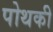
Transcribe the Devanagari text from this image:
पोथकी